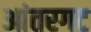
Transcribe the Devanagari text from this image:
आंतरगट